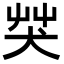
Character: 𦬦